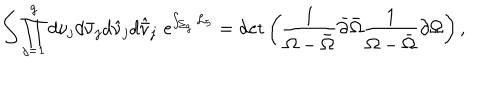
\int \prod _ { j = 1 } ^ { g } d \nu _ { j } d \bar { \nu } _ { j } d \hat { \nu } _ { j } d \hat { \bar { \nu } } _ { j } \, \, \mathrm { e } ^ { \int _ { \Sigma _ { g } } { \cal L } _ { 5 } } = \det \left( { \frac { 1 } { \Omega - \bar { \Omega } } } \bar { \partial } \bar { \Omega } { \frac { 1 } { \Omega - \bar { \Omega } } } \partial \Omega \right) ,